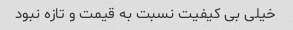
خیلی بی کیفیت نسبت به قیمت و تازه نبود